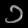
Digit: ၁